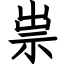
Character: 祟